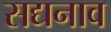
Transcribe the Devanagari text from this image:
सद्यनाव